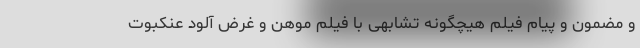
و مضمون و پیام فیلم هیچگونه تشابهی با فیلم موهن و غرض آلود عنکبوت